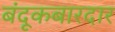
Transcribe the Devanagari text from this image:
बंदूकबारदार